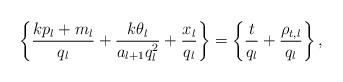
LaTeX: \begin{align*} \left\{ \frac{kp_l+m_l}{q_l} + \frac{k\theta_l}{a_{l+1}q_l^2}+\frac{x_l}{q_l} \right\} = \left\{ \frac{t}{q_l} + \frac{\rho_{t,l}}{q_l} \right\},\end{align*}